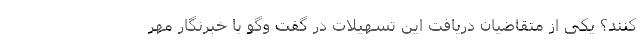
کنند؟ یکی از متقاضیان دریافت این تسهیلات در گفت وگو با خبرنگار مهر